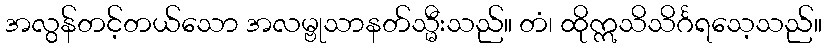
အလွန်တင့်တယ်သော အလမ္ဗုသာနတ်သ္မီးသည်။ တံ၊ ထိုဣသိသိင်္ဂရသေ့သည်။